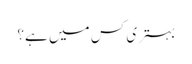
بہتری کس میں ہے؟